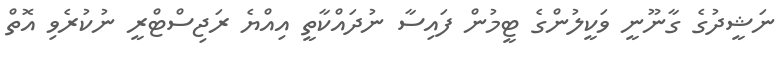
ނަޝީދުގެ ގާނޫނީ ވަކީލުންގެ ޓީމުން ފައިސާ ނުދައްކާތީ އިއްޔެ ރަޖިސްޓްރީ ނުކުރެވި އޮތް